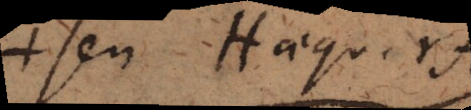
u aequ. n